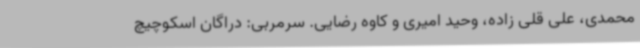
محمدی، علی قلی زاده، وحید امیری و کاوه رضایی. سرمربی: دراگان اسکوچیچ